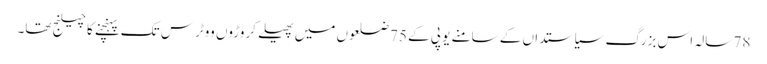
78 سالہ اس بزرگ سیاستداں کے سامنے یو پی کے 75 ضلعوں میں پھیلے کروڑوں ووٹرس تک پہنچنے کا چیلنج تھا۔